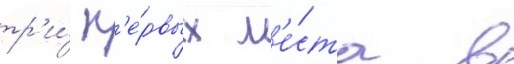
тр'и́ п'е́рвых м'е́ста в